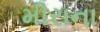
મીરાના